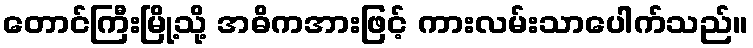
တောင်ကြီးမြို့သို့ အဓိကအားဖြင့် ကားလမ်းသာပေါက်သည်။